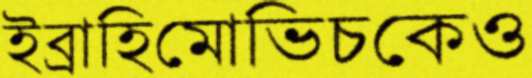
ইব্রাহিমোভিচকেও